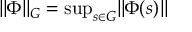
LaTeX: \| \Phi \| _ { G } = { \mathrm { s u p } } _ { s \in G } \| \Phi ( s ) \|